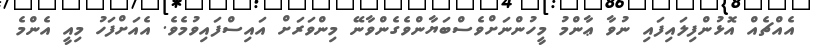
އެއްޗެއް އޮޅުންފިލައިފައި ނުވާ ޢާންމު މީހުންނަށްވެސްބަޔާންވެގެންވާނޭ މިންވަރަށް އައިސްފައިވުމެވެ. އެއަށްފަހު މިއީ އެންމެ